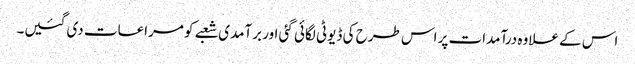
اس کے علاوہ درآمدات پر اس طرح کی ڈیوٹی لگائی گئی اور برآمدی شعبے کو مراعات دی گئیں۔